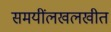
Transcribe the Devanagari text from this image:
समयींलखलखीत